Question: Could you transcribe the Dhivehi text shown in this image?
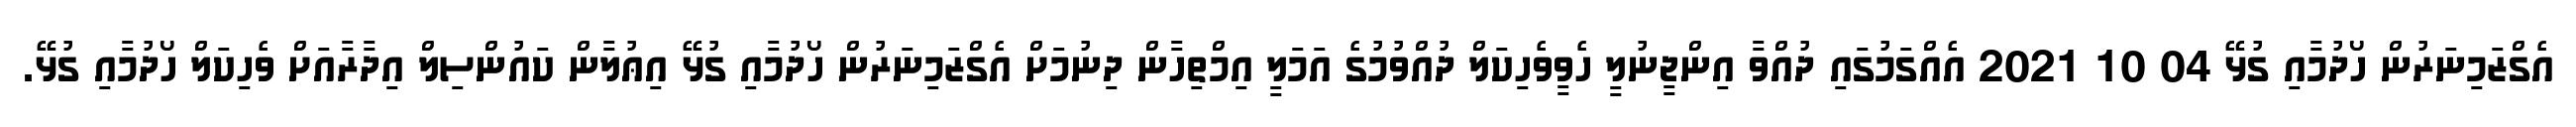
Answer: އެގްޒަމިނަރުން ހޯދުމާއި ގުޅޭ 04 10 2021 އެއްގަމުގައި ދުއްވާ އިންޖީނުލީ ހެވީވެހިކަލް ދުއްވުމުގެ އަމަލީ އިމްތިހާން ދިނުމަށް އެގްޒަމިނަރުން ހޯދުމާއި ގުޅޭ އިޢުލާން ކައުންސިލް އިދާރާއަށް ވެހިކަލް ހޯދުމާއި ގުޅޭ.